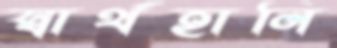
স্বার্থহানি